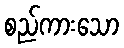
စည်ကားသော